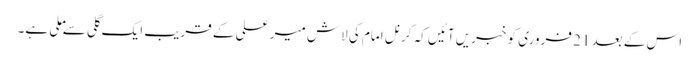
اس کے بعد 21 فروری کو خبریں آئیں کہ کرنل امام کی لاش میر علی کے قریب ایک گلی سے ملی ہے۔